Civil Veterinary Department. United Provinces 1932-42 - 1932-1942
Year: 1932
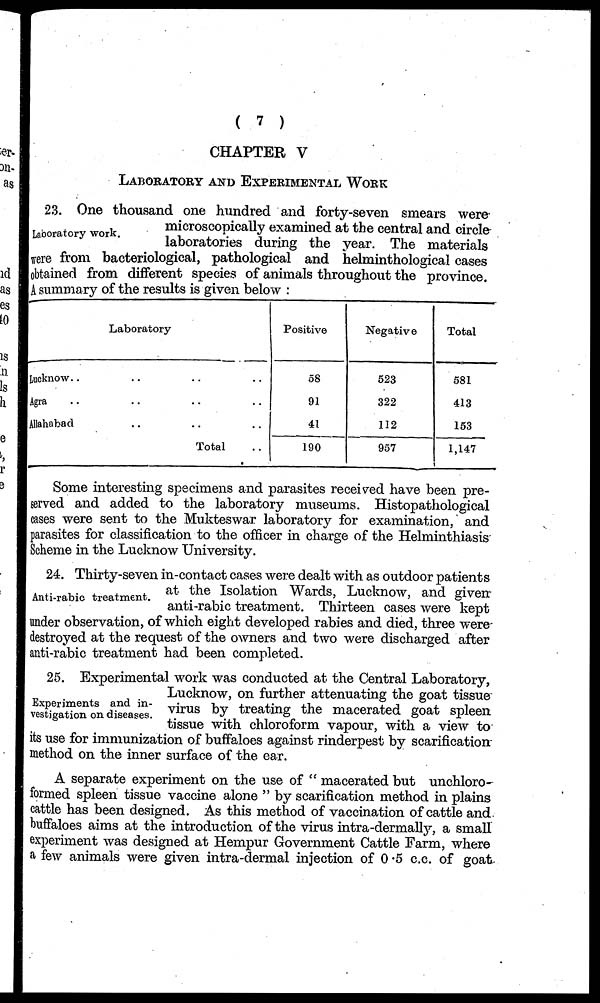
(7)
CHAPTER V
LABORATORY AND EXPERIMENTAL WORK
Laboratory work.
23. One thousand one hundred and forty-seven smears were
microscopically examined at the central and circle
laboratories during the year. The materials
vere from bacteriological, pathological and helminthological cases
obtained from different species of animals throughout the province.
A summary of the results is given below:
Laboratory
Lucknow. .
Agra ..
Allahabad
..
..
..
.. ..
.. ..
.. ..
Total ..
Positive
58
91
41
190
Negative
523
322
112
957
Total
581
413
153
1,147
Some interesting specimens and parasites received have been pre-
served and added to the laboratory museums. Histopathological
cases were sent to the Mukteswar laboratory for examination, and
parasites for classification to the officer in charge of the Helminthiasis
Scheme in the Lucknow University.
Anti-rabic treatment.
24. Thirty-seven in-contact cases were dealt with as outdoor patients
at the Isolation Wards, Lucknow, and given
anti-rabic treatment. Thirteen cases were kept
under observation, of which eight developed rabies and died, three were
destroyed at the request of the owners and two were discharged after
anti-rabic treatment had been completed.
Experiments and in-
vestigation on diseases.
25. Experimental work was conducted at the Central Laboratory,
Lucknow, on further attenuating the goat tissue
virus by treating the macerated goat spleen
tissue with chloroform vapour, with a view to
its use for immunization of buffaloes against rinderpest by scarification
method on the inner surface of the car.
A separate experiment on the use of "macerated but unchloro-
formed spleen tissue vaccine alone" by scarification method in plains
cattle has been designed. As this method of vaccination of cattle and
buffaloes aims at the introduction of the virus intra-dermally, a small
experiment was designed at Hempur Government Cattle Farm, where
a few animals were given intra-dermal injection of 0 .5 c.c. of goat